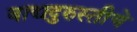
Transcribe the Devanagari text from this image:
वाद्यदुरुस्तीचे